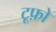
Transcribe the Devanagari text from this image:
टूफ़ो